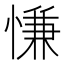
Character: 慊